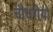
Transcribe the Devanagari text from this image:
चौधरीयों